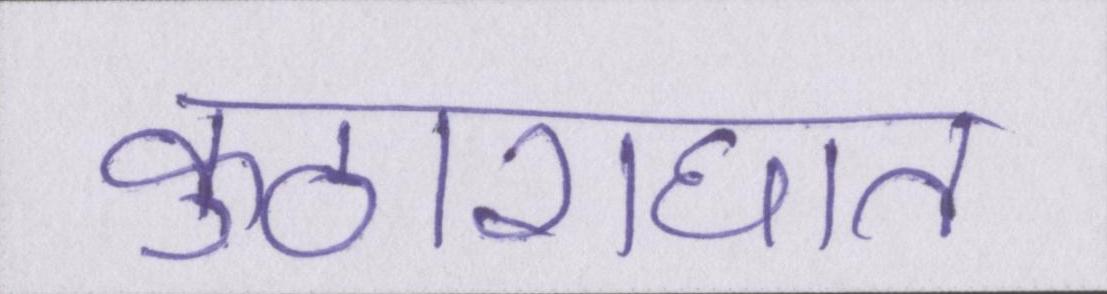
कुठाराघात